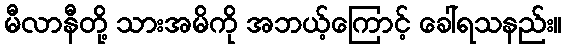
မီလာနီတို့ သားအမိကို အဘယ့်ကြောင့် ခေါ်ရသနည်း။